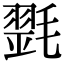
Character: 𣯰